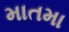
માતમા